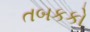
તબકકો